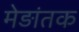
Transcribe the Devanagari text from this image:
मेड़ांतक